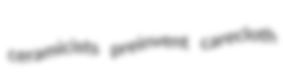
ceramicists preinvent carecloth